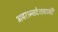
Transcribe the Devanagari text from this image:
अपरान्तदेशवासी